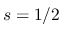
s = 1 / 2